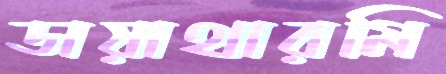
ডায়াথারমি